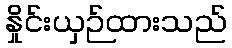
နှိုင်းယှဉ်ထားသည်